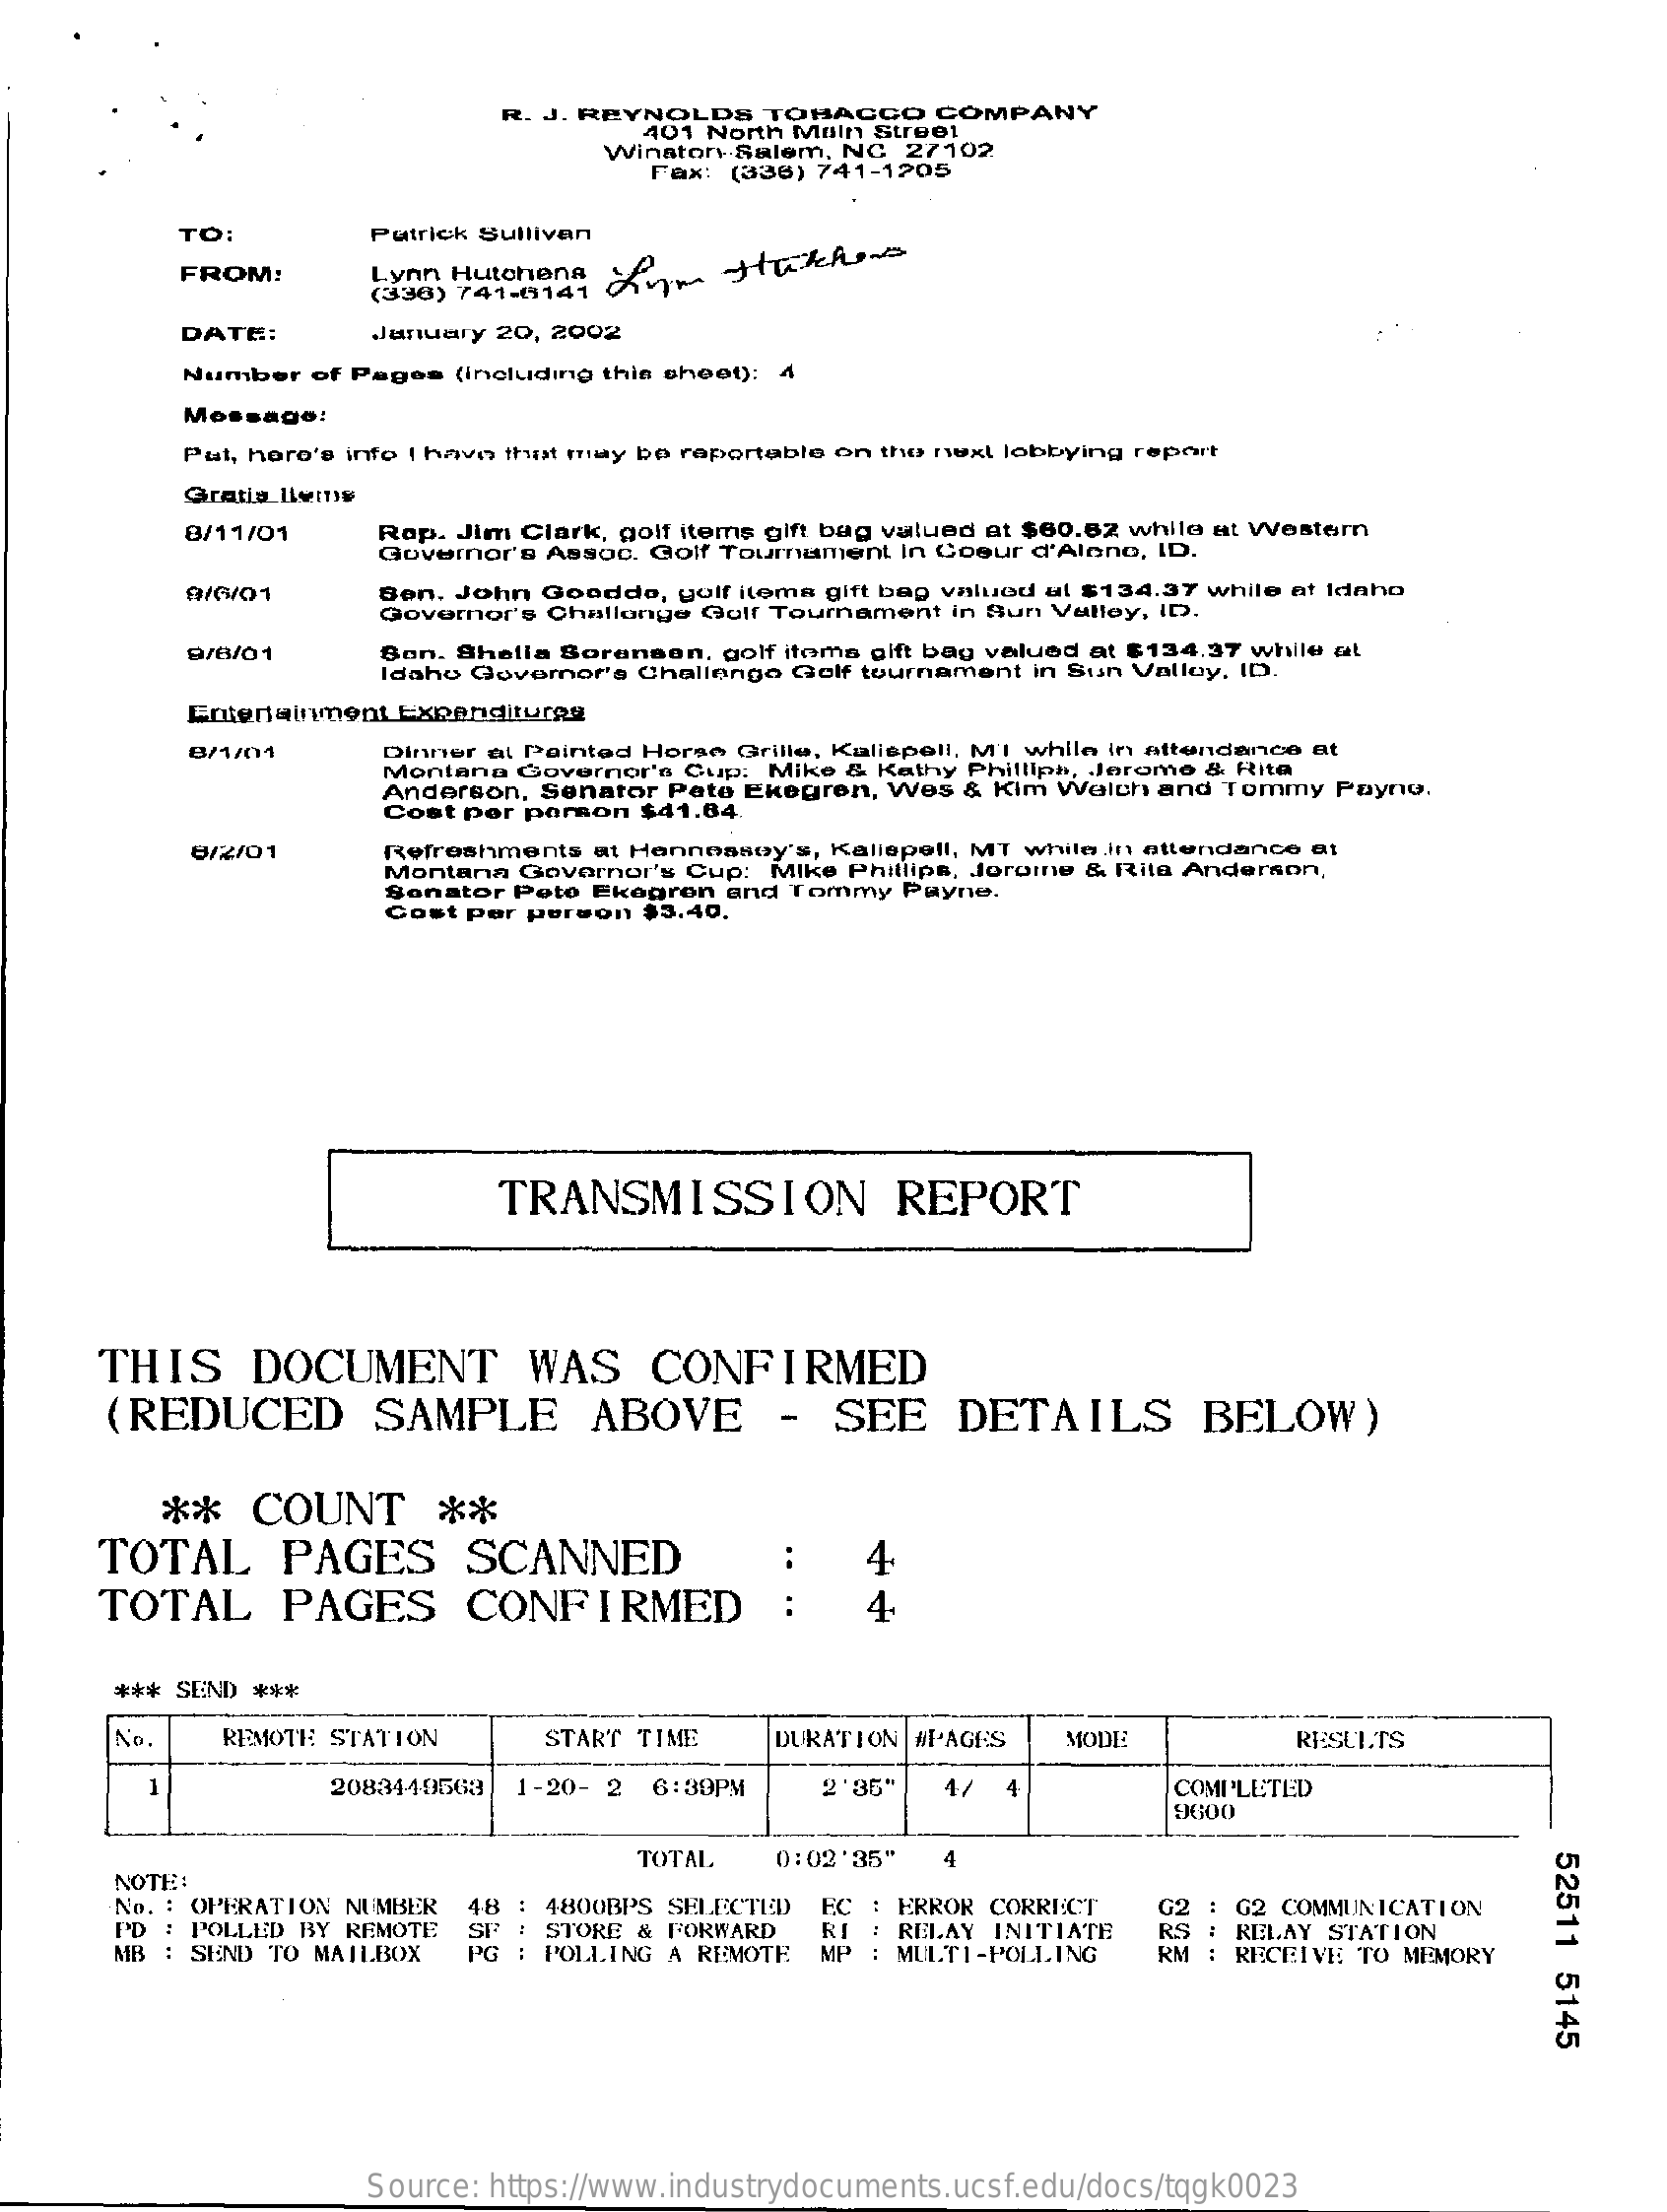
R. J. REYNOLDS TOBACCO  COMPANY
     401 North Main Street
     Winston-Salem, NC 27102
     Fax: (338) 741-1205
     TO:    Putrick Sullivan
     FROM:    Lynn Hutchens  om   HuckAs
     (336) 741-0141
     DATE:    January 20, 2002
     Number of Pages (Including thin sheet); 4
     Message:
     Put, here's info I have that may be reportable on the next lobbying report
     Gratia_livins
     8/11/01   Rep. Jim Clark, golf items gift bag valued at $60.62 while at Western
     Governor's Assoc. Golf Tournament In Coeur d'Alene, ID.
     9/6/01    Ben. John Goodde, golf items gift bag valued ul $134.37 while at Idaho
     Governor's Challange Golf Tournament in Sun Valley, ID.
     9/6/01    Bon. Shella Sorenson, golf itoma gift bag valued at $134.37 while at
     Idaho Governor's Challenge Golf tournament in Sun Valley, ID,
     Entertainment Expenditures
     8/1/01    Dinner at Painted Horse Grille, Kalispell, M'I while in attendance
     Montana Governor's Cup: Mike & Kathy Philliph, Jerome & Rita
     Anderson, Senator Pate Ekegren, Wes & Kim Walch and Tommy Payno.
     Cost per person $41.64
     8/2/01    Refreshments at Hennessey's, Kalispell, MT while.In attendance at
     Montana Governor's Cup: Mike Phillips, loroine & Rita Anderson,
     Senator Peto Ekogron and Tommy Payne.
     Cost per person $3.40.
     TRANSMISSION    REPORT
     THIS    DOCUMENT    WAS    CONFIRMED
     (REDUCED    SAMPLE    ABOVE    -  SEE    DETAILS    BELOW)
     **   COUNT    **
     TOTAL    PAGES    SCANNED    4
     TOTAL    PAGES    CONFIRMED    4.
     *** SEND ***
     No.   REMOTE STATION    START TIME  DURATION #PAGES  MODE    RESULTS
     1    2083449563 1-20- 2 6:30PM  2'35'  4/    COMPLETED
     9600
     NOTE:
     TOTAL  0:02'35"
     52511
     5145
     No. : OPERATION NUMBER 48 : 4800BPS SELECTED EC : ERROR CORRECT
     PD : POLLED BY REMOTE
     MB : SEND TO MAILBOX
     SF : STORE & FORWARD SF
     EC : ERROR CORRECT G2 : G2 COMMUNICATION
     PG  POLLING A REMOTE
     RI : RELAY INITIATE
     MP : MULTI-POLLING
     RS : RELAY STATION
     RM : RECEIVE TO MEMORY
     Source: https://www.industrydocuments.ucsf.edu/docs/tqgk0023